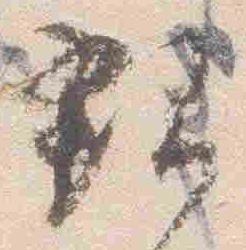
親